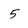
Character: 5